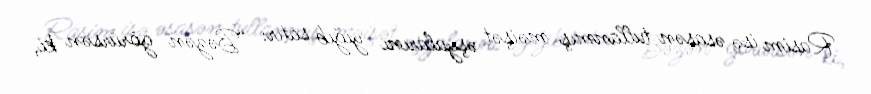
Rasim isə əsasən tullanmış məişət əşyalarını yığıb satır: “Bəzən görürsən ki,